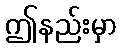
ဤနည်းမှာ